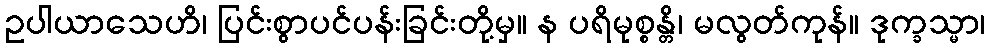
ဥပါယာသေဟိ၊ ပြင်းစွာပင်ပန်းခြင်းတို့မှ။ န ပရိမုစ္စန္တိ၊ မလွတ်ကုန်။ ဒုက္ခသ္မာ၊